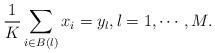
LaTeX: \begin{align*}\frac{1}{K} \sum_{i \in B(l)} x_i = y_l, l =1, \cdots, M.\end{align*}